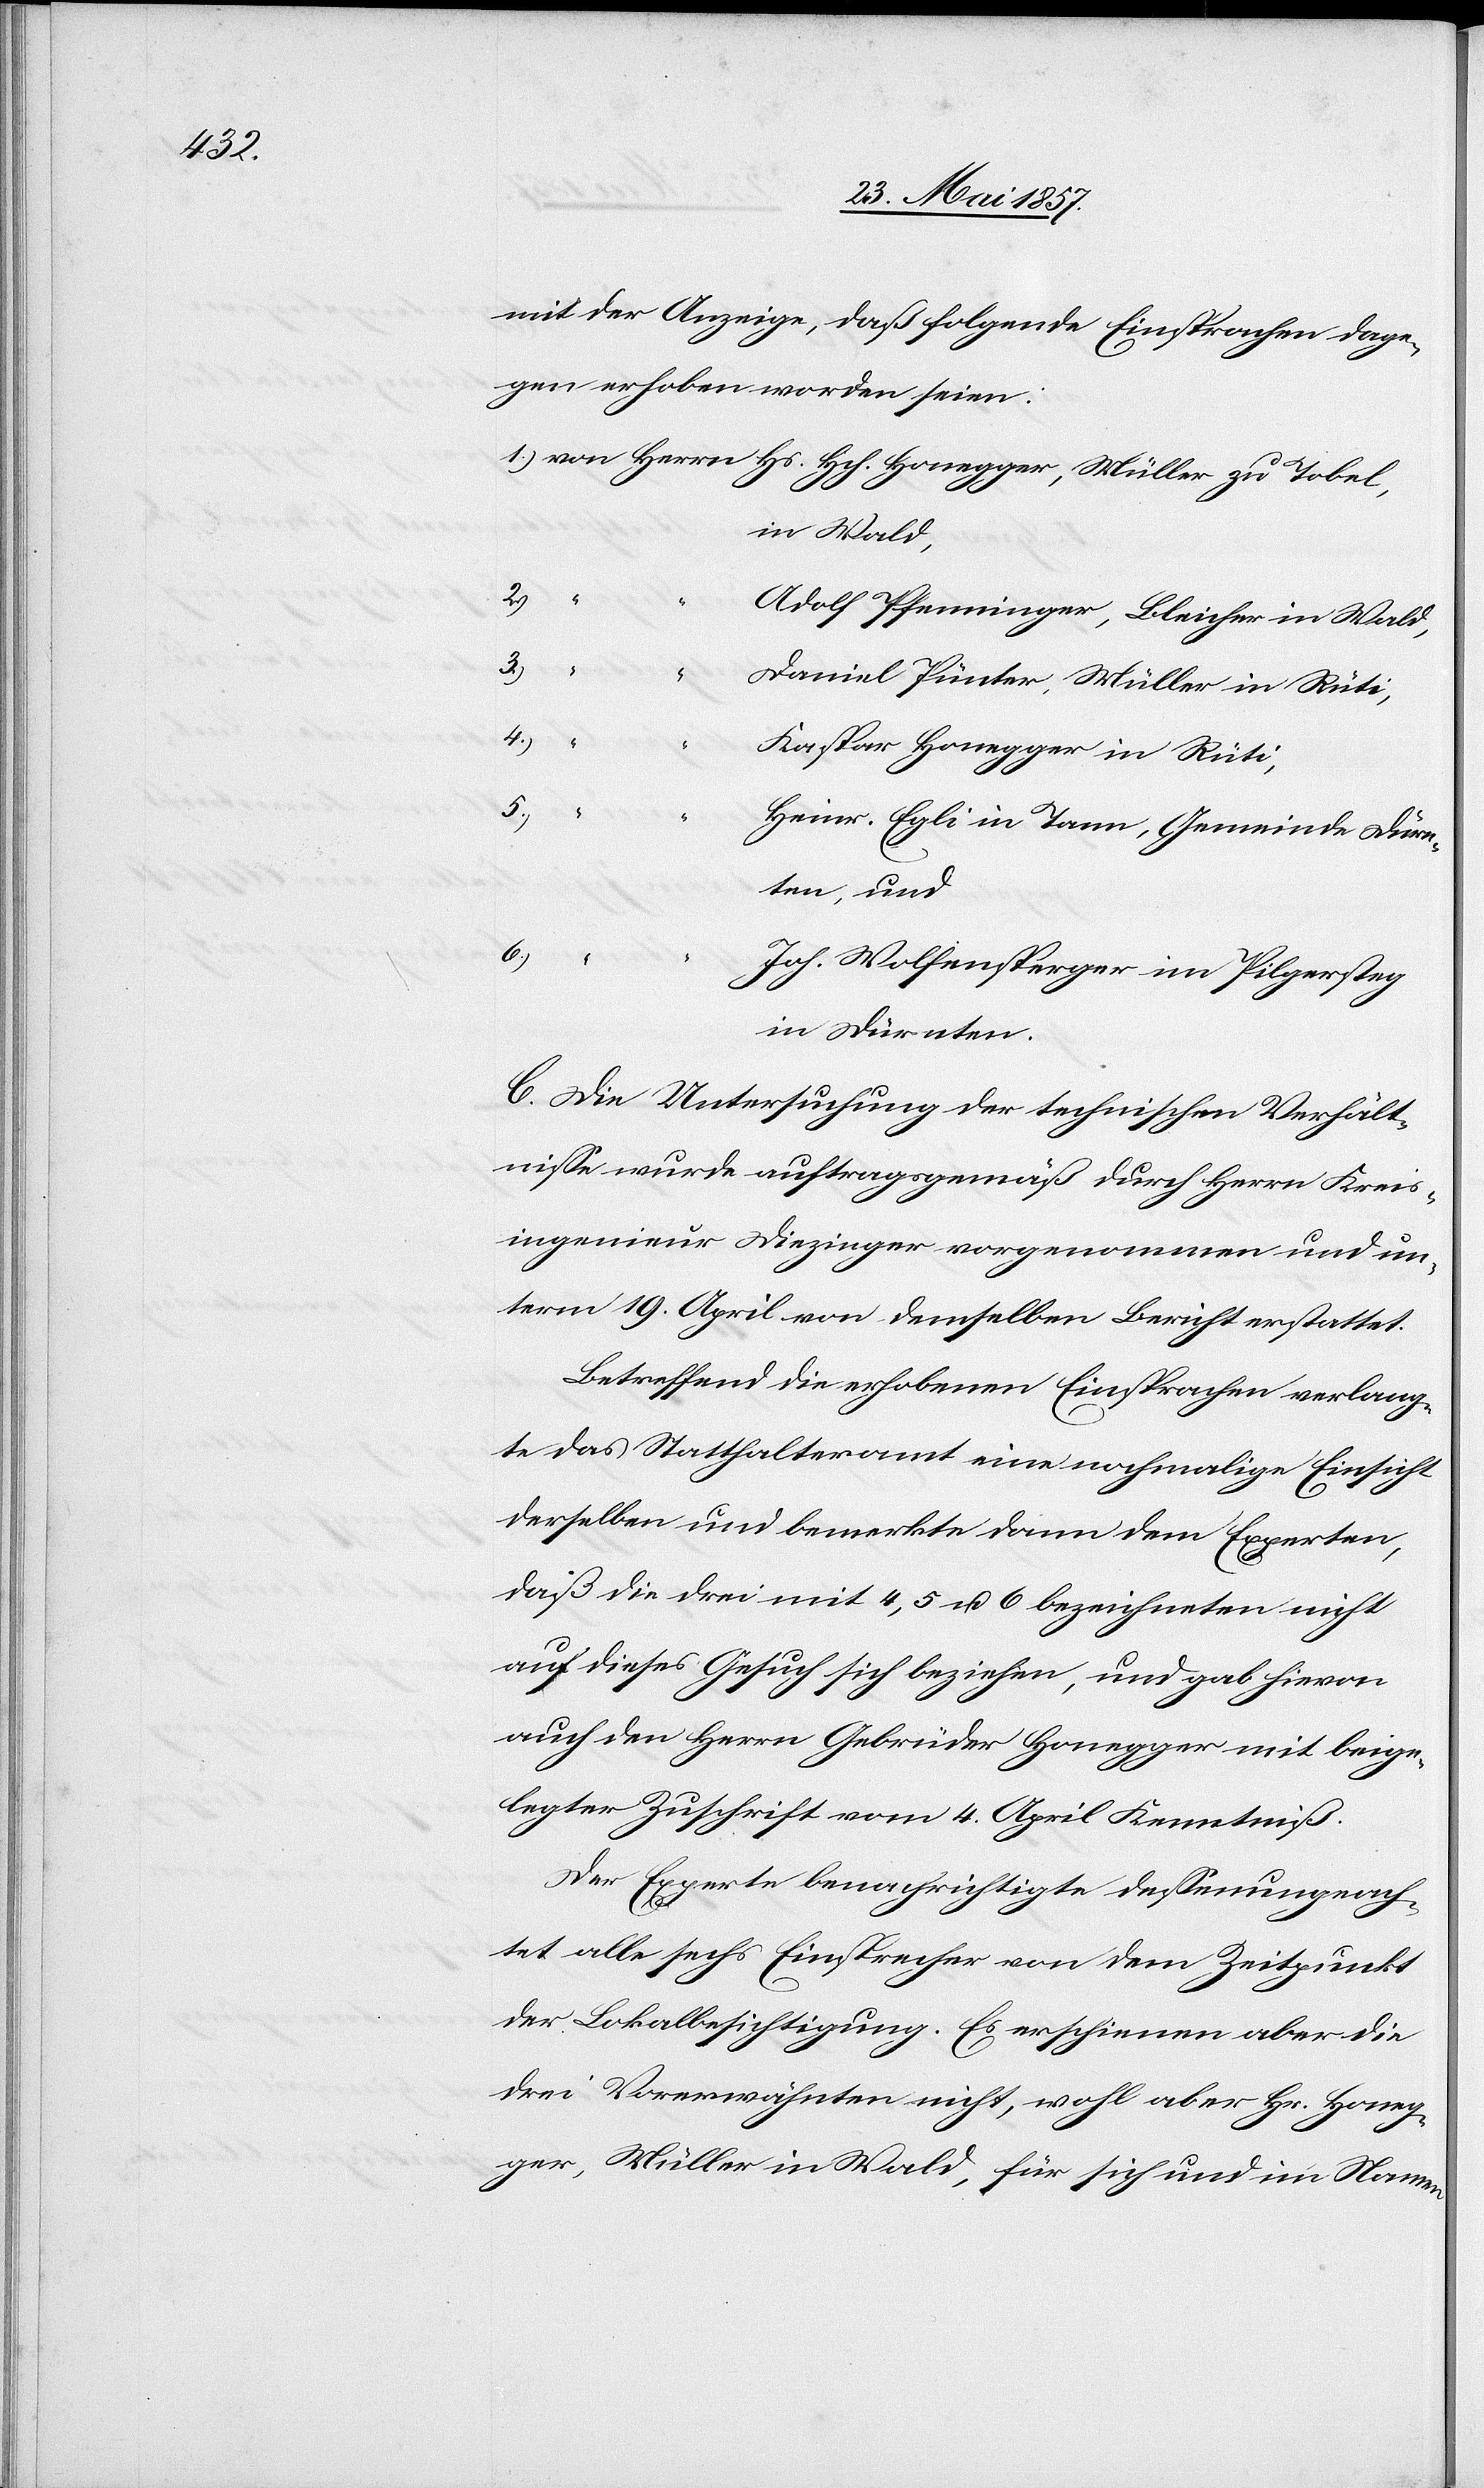
mit der Anzeige, daß folgende Einsprachen dage¬
gen erhoben worden seien:
1.) von Herrn Hs. Hch. Honegger, Müller zu Tobel,
in Wald,
Adolf Pfenninger, Bleicher in Wald,
3.)
“
Daniel Pünter, Müller in Rüti,
4.)
“ “
Kaspar Honegger in Rüti,
5.)
Heinr. Egli in Tann, Gemeinde Dürn¬
ten, und
6.) “
Joh. Wolfensberger in Pilgersteg
in Dürnten.
C. Die Untersuchung der technischen Verhält¬
nisse wurde auftragsgemäß durch Herrn Kreis¬
ingenieur Diezinger vorgenommen und un¬
term 19 April von demselben Bericht erstattet.
Betreffend die erhobenen Einsprachen verlang¬
te das Statthalteramt eine nochmalige Einsicht
derselben und bemerkte dann dem Experten,
daß die drei mit 4,5 & 6 bezeichneten nicht
auf dieses Gesuch sich beziehen, und gab hievon
auch den Herrn Gebrüder Honegger mit beige¬
legter Zuschrift vom 4 April Kenntniß.
Der Experte benachrichtigte dessenungeach¬
tet alle sechs Einsprecher von dem Zeitpunkt
der Lokalbesichtigung. Es erschienen aber die
drei Vorerwähnten nicht, wohl aber Hr. Honeg¬
ger, Müller in Wald, für sich und im Namen